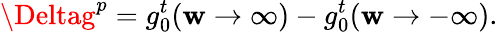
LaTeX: \Deltag^{p}=g_{0}^{t}(\mathbf{w}\rightarrow\infty)-g_{0}^{t}(\mathbf{w}\rightarrow-\infty).